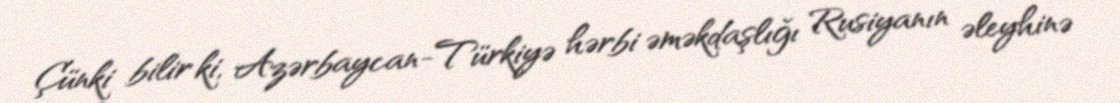
Çünki bilir ki, Azərbaycan-Türkiyə hərbi əməkdaşlığı Rusiyanın əleyhinə